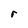
Character: r